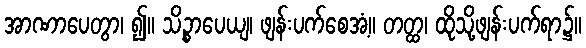
အာဏာပေတွာ၊ ၍။ သိဉ္စာပေယျ၊ ဖျန်းပက်စေအံ့။ တတ္ထ၊ ထိုသို့ဖျန်းပက်ရာ၌။